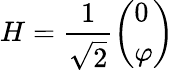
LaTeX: H=\frac{1}{\sqrt{2}}\left(\begin{array}{l}{{0}}\\ {{\varphi}}\end{array}\right)